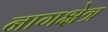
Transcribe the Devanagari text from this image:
नागक्षेत्र